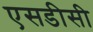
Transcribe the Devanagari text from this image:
एसडीसी